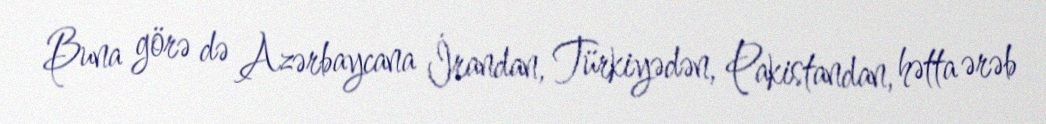
Buna görə də Azərbaycana İrandan, Türkiyədən, Pakistandan, hətta ərəb